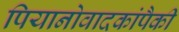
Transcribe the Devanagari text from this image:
पियानोवादकांपैकी